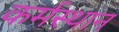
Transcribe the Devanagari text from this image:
कर्मस्थान